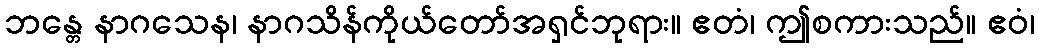
ဘန္တေ နာဂသေန၊ နာဂသိန်ကိုယ်တော်အရှင်ဘုရား။ ဧတံ၊ ဤစကားသည်။ ဧဝံ၊